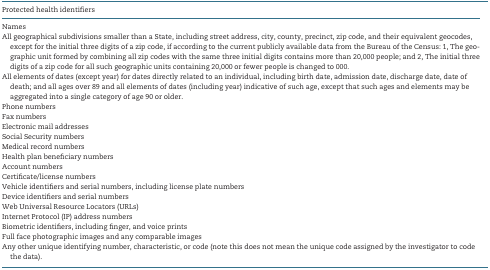
<table><thead><tr><td><b>Protected health identifiers</b></td></tr></thead><tbody><tr><td>Names</td></tr><tr><td>All geographical subdivisions smaller than a State, including street address, city, county, precinct, zip code, and their equivalent geocodes, except for the initial three digits of a zip code, if according to the current publicly available data from the Bureau of the Census: 1, The geographic unit formed by combining all zip codes with the same three initial digits contains more than 20,000 people; and 2, The initial three digits of a zip code for all such geographic units containing 20,000 or fewer people is changed to 000.</td></tr><tr><td>All elements of dates (except year) for dates directly related to an individual, including birth date, admission date, discharge date, date of death; and all ages over 89 and all elements of dates (including year) indicative of such age, except that such ages and elements may be aggregated into a single category of age 90 or older.</td></tr><tr><td>Phone numbers</td></tr><tr><td>Fax numbers</td></tr><tr><td>Electronic mail addresses</td></tr><tr><td>Social Security numbers</td></tr><tr><td>Medical record numbers</td></tr><tr><td>Health plan beneficiary numbers</td></tr><tr><td>Account numbers</td></tr><tr><td>Certificate/license numbers</td></tr><tr><td>Vehicle identifiers and serial numbers, including license plate numbers</td></tr><tr><td>Device identifiers and serial numbers</td></tr><tr><td>Web Universal Resource Locators (URLs)</td></tr><tr><td>Internet Protocol (IP) address numbers</td></tr><tr><td>Biometric identifiers, including finger, and voice prints</td></tr><tr><td>Full face photographic images and any comparable images</td></tr><tr><td>Any other unique identifying number, characteristic, or code (note this does not mean the unique code assigned by the investigator to code the data).</td></tr></tbody></table>